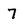
Character: 7